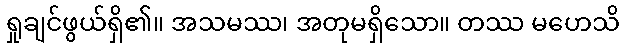
ရှုချင်ဖွယ်ရှိ၏။ အသမဿ၊ အတုမရှိသော။ တဿ မဟေသိ